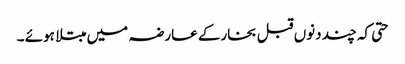
حتی کہ چند دنوں قبل بخارکے عارضہ میں مبتلا ہوئے ۔